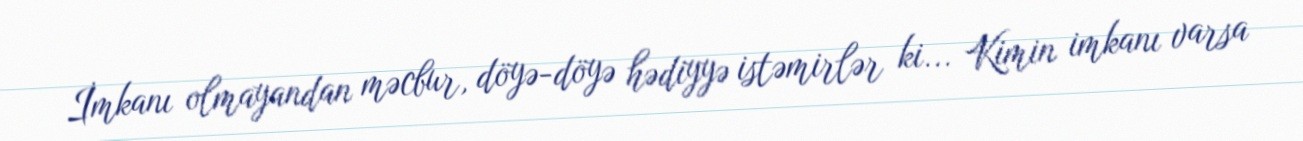
İmkanı olmayandan məcbur, döyə-döyə hədiyyə istəmirlər ki... Kimin imkanı varsa